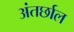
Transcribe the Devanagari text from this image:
अंतर्छाल